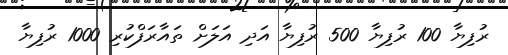
ރުފިޔާ 100 ރުފިޔާ 500 ރުފިޔާ އަދި އަލަށް ތައާރަފްކުރި 1000 ރުފިޔާ